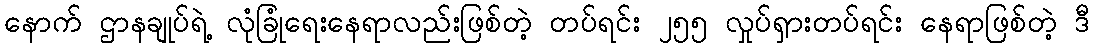
နောက် ဌာနချုပ်ရဲ့ လုံခြုံရေးနေရာလည်းဖြစ်တဲ့ တပ်ရင်း ၂၅၅ လှုပ်ရှားတပ်ရင်း နေရာဖြစ်တဲ့ ဒီ